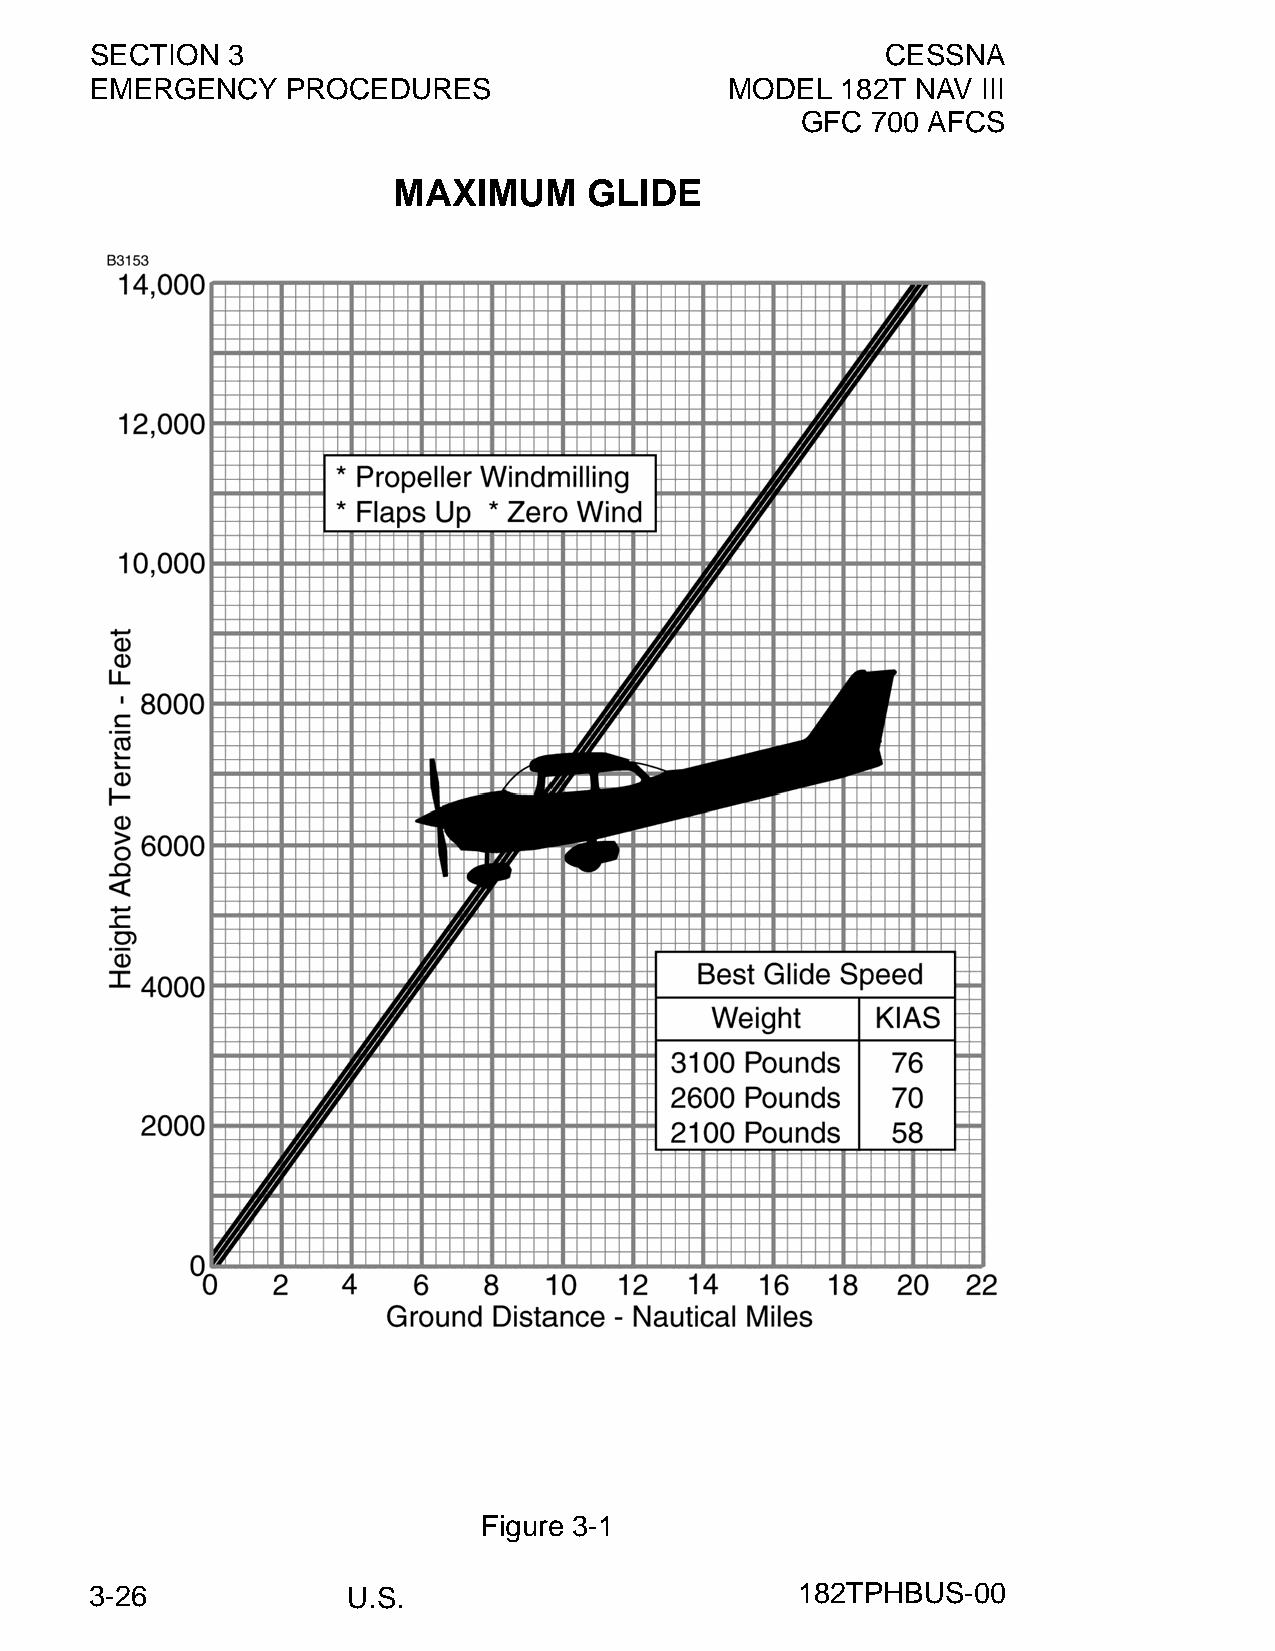
SECTION  3                                           CESSNA
 EMERGENCY    PROCEDURES                   MODEL   182T NAV III
 GFC  700 AFCS
 MAXIMUM      GLIDE
 Figure 3-1
 3-26             U.S.                          182TPHBUS-00